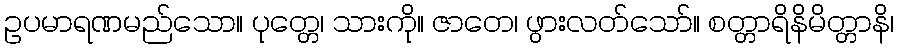
ဥပမာရဏမည်သော။ ပုတ္တေ၊ သားကို။ ဇာတေ၊ ဖွားလတ်သော်။ စတ္တာရိနိမိတ္တာနိ၊